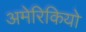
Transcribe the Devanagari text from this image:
अमेरिकियो